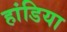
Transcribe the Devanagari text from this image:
हांडिया